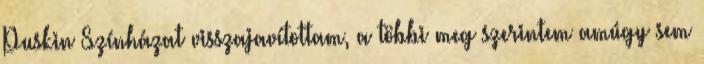
Puskin Színházat visszajavítottam, a többi meg szerintem amúgy sem